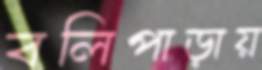
বলিপাড়ায়